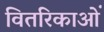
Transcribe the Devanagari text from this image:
वितरिकाओं